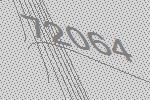
72064